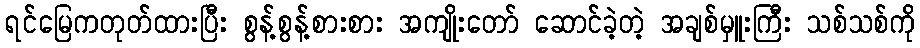
ရင်မြေကတုတ်ထားပြီး စွန့်စွန့်စားစား အကျိုးတော် ဆောင်ခဲ့တဲ့ အချစ်မှူးကြီး သစ်သစ်ကို